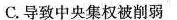
C.导致中央集权被削弱